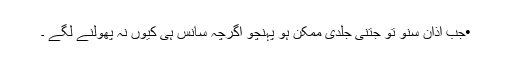
•جب اذان سنو تو جتنی جلدی ممکن ہو پہنچو اگرچہ سانس ہی کیوں نہ پھولنے لگے ۔